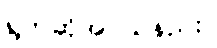
ရွတ်ဆိုအပ်သနည်း။